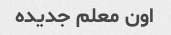
اون معلم جدیده